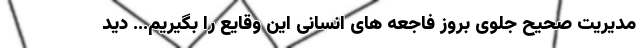
مدیریت صحیح جلوی بروز فاجعه های انسانی این وقایع را بگیریم... دید